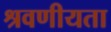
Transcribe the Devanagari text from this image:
श्रवणीयता